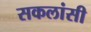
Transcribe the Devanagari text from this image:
सकलांसी